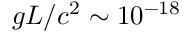
g L / c ^ { 2 } \sim 1 0 ^ { - 1 8 }